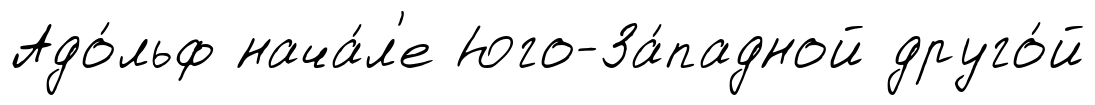
Адо́льф нача́л'е Юго-За́падной друго́й